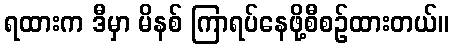
ရထားက ဒီမှာ မိနစ် ကြာရပ်နေဖို့စီစဉ်ထားတယ်။